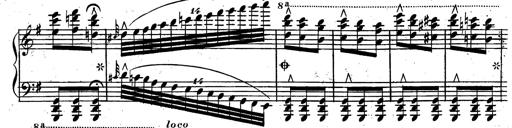
Title: Rondeau fantastique sur un thÃ¨me espagnol
Composer: Franz Liszt